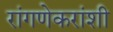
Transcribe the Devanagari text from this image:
रांगणेकरांशी